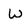
Character: w